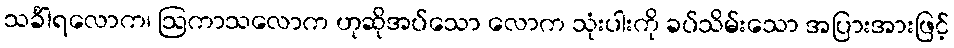
သင်္ခါရလောက၊ ဩကာသလောက ဟုဆိုအပ်သော လောက သုံးပါးကို ခပ်သိမ်းသော အပြားအားဖြင့်